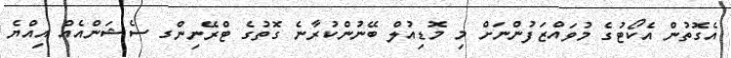
އެގޮތުން އެކޯޓުގެ މުވައްޒަފުންނަށް މި މޮޑިއުލް ބޭނުންކުރާނެ ގޮތުގެ ޓްރޭނިންގ ސެޝަންއެއް އިއްޔެ